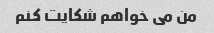
من می خواهم شکایت کنم